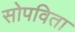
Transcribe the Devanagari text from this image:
सोपविता